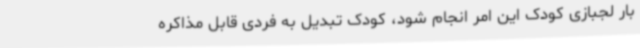
بار لجبازی کودک این امر انجام شود، کودک تبدیل به فردی قابل مذاکره